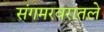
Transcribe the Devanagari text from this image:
संगमरवरातले